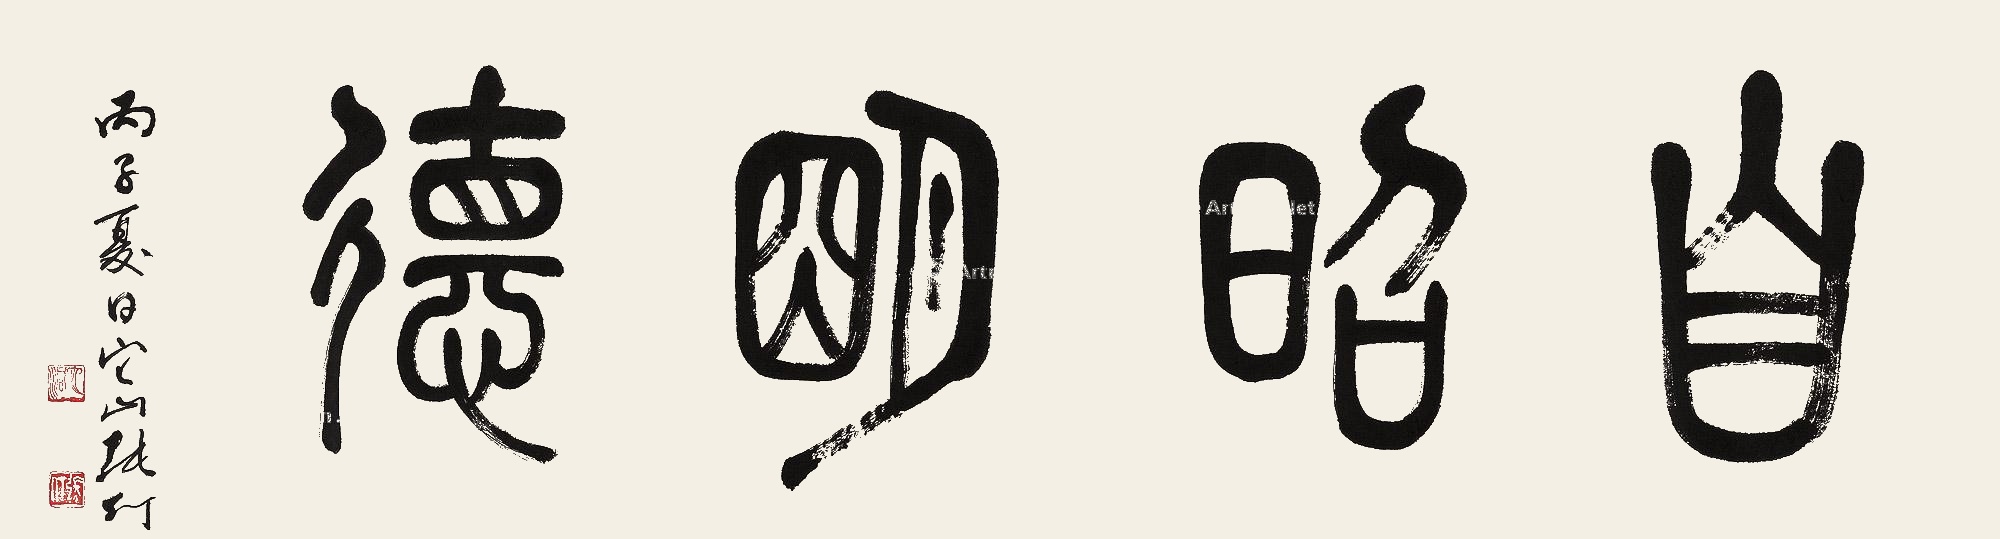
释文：自昭明德丙子夏日，它山张仃。